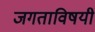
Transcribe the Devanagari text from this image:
जगताविषयी